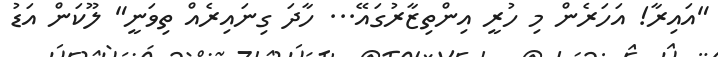
"އައިރާ! އަހަރެން މި ހުރީ އިންތިޒާރުގައޭ... ހާދަ ގިނައިރެއް ތިވަނީ" ލޫކަން އަޑު